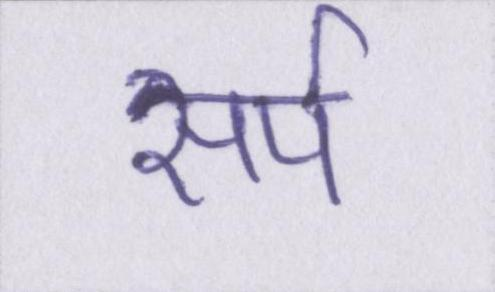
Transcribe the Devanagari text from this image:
सर्प